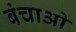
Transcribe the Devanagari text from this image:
बंचाओ